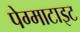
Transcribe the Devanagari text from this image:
पेग्माटाइट